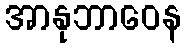
အာနုဘာဝေန